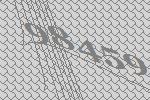
98459